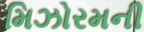
મિઝોરમની